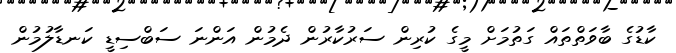
ކާޑުގެ ބާވަތްތައް ގަތުމަށް މީގެ ކުރިން ސަރުކާރުން ދެމުން އަންނަ ސަބްސިޑީ ކަނޑާލުމުން